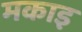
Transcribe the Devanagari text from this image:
मकाइ